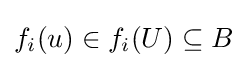
f_{i}(u)\in f_{i}(U)\subseteq B